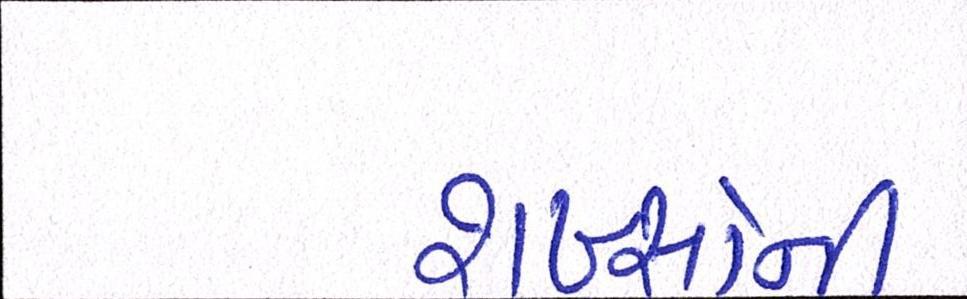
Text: શખ્સોની